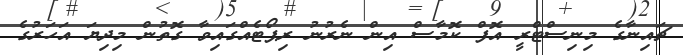
ޗައިނާގެ މިނިސްޓްރީ އޮފް ކޮމާސް އިން ނެރުނު ރިޕޯޓެއްގައިވާ ގޮތުން މިދިޔަ އަހަރުގެ